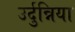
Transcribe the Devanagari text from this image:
उर्दुन्निया